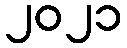
၂၀၂၁